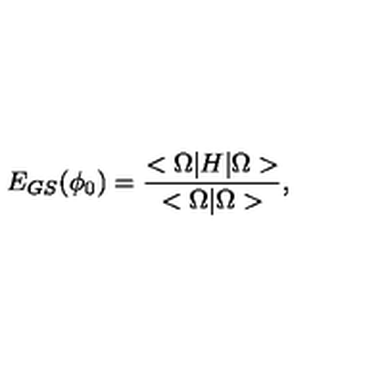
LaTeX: E _ { G S } ( \phi _ { 0 } ) = { \frac { < \Omega | H | \Omega > } { < \Omega | \Omega > } } ,